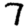
Digit: 7